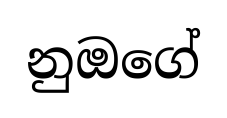
නුඔගේ